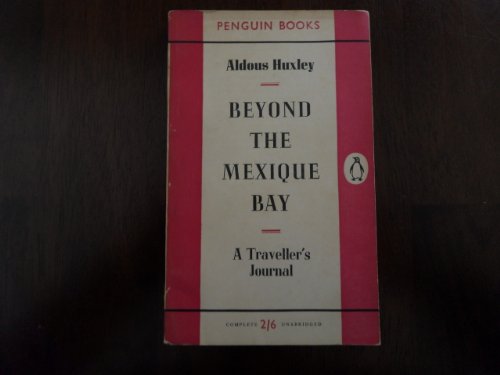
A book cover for Beyond the Mexique Bay: a traveller's journal; Aldous Huxley; Travel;